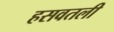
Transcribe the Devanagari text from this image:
हसवतली